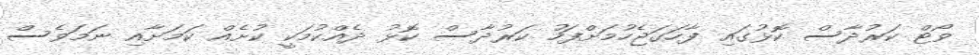
ވޯޓް ކަރުދާސް ކޮޅުގައި ފާހަގަޖެހުމަށްފަހު ކަރުދާސް ކޮޅު ދެއްކުމަކީ ކުށެއް ކަމަށާއި ނަމަވެސް